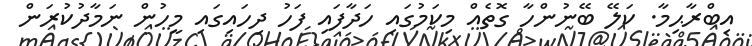
އިބްރާޙިމާ. ކަލޭ ބޭނުންހާ ގޮތެއް މިކަމުގައި ހަދާފައި ފަހު ދިހައިގައި މީހުން ނަމާދުކުރަން